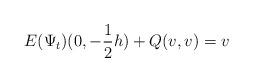
LaTeX: \begin{align*} E(\Psi_t)(0,-\frac{1}{2}h)+Q(v,v)=v\end{align*}